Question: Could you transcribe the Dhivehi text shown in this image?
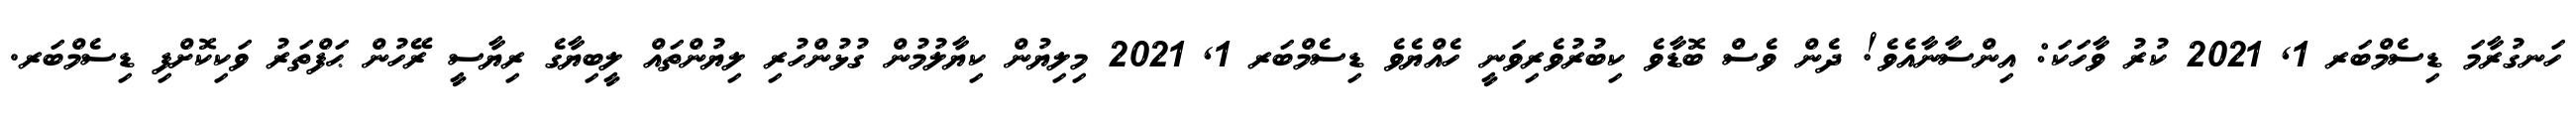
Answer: ހަނގުރާމަ ޑިސެމްބަރ 1, 2021 ކުރު ވާހަކަ: އިންސާނާއެވެ! ދެން ވެސް ބޮޑާވެ ކިބުރުވެރިވަނީ ހެއްޔެވެ ޑިސެމްބަރ 1, 2021 މިލިޔުން ކިޔާލުމުން ގުޅުންހުރި ލިޔުންތައް ލީބިޔާގެ ރިޔާސީ ރޭހުން ޙަފްތަރު ވަކިކޮށްފި ޑިސެމްބަރ.